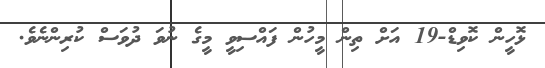
ޅޮހީން ކޮވިޑް-19 އަށް ތިން މީހުން ފައްސިވީ މީގެ ނުވަ ދުވަަސް ކުރިންނެވެ.